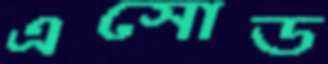
এসোড